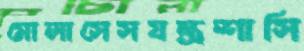
মোলাসেসযন্ত্রশাসি